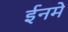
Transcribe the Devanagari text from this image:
ईनमे